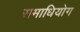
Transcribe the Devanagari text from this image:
समाधियोग